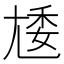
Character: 𡯵